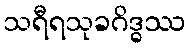
သရီရသုခဂိဒ္ဓဿ